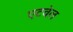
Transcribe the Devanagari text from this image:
एटवेल